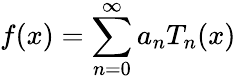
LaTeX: f(x)=\sum_{n=0}^{\infty}a_{n}T_{n}(x)